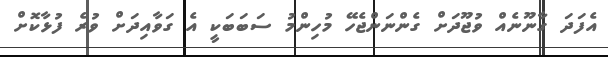
އެފަދަ ގާނޫނެއް ވުޖޫދަށް ގެންނަންޖެހޭ މުހިންމު ސަބަބަކީ އެ ގަވާއިދަށް ވުރެ ފުޅާކޮށް